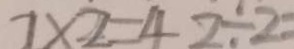
7 \times 2 = 4 2 \div 2 =